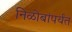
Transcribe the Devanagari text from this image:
निळोबांपर्यंत